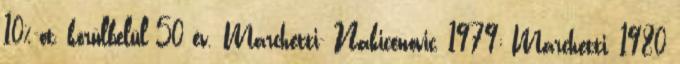
10%-ot, körülbelül 50 év. Marchetti- Nakicenovic, 1979; Marchetti, 1980